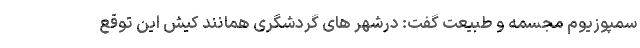
سمپوزیوم مجسمه و طبیعت گفت: درشهر های گردشگری همانند کیش این توقع